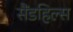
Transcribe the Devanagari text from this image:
सैंडहिल्स